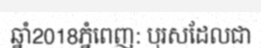
ឆ្នាំ2018ភ្នំពេញ: បុរសដែលជា